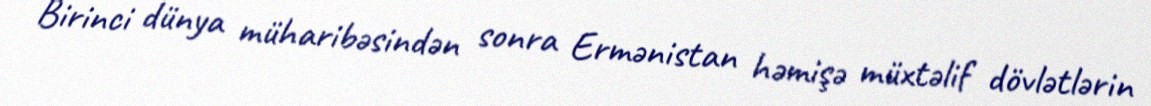
Birinci dünya müharibəsindən sonra Ermənistan həmişə müxtəlif dövlətlərin